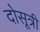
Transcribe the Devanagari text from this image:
दोसूत्री